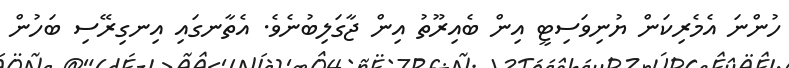
ހުންނަ އެމެރިކަން ޔުނިވަސިޓީ އިން ބެއިރޫތު އިން ޖާގަލިބުނެވެ. އެތާނގައި އިނގިރޭސި ބަހުން